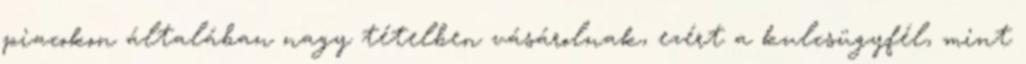
piacokon általában nagy tételben vásárolnak, ezért a kulcsügyfél, mint